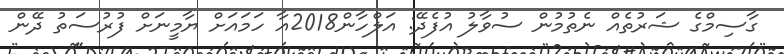
ގާސިމްގެ ޝަރުތެއް ނެތުމުން ސުވާލު އުފެދޭ: އަލްހާން2018އާ ހަމައަށް ޔާމީނަށް ފުރުސަތު ދޭން